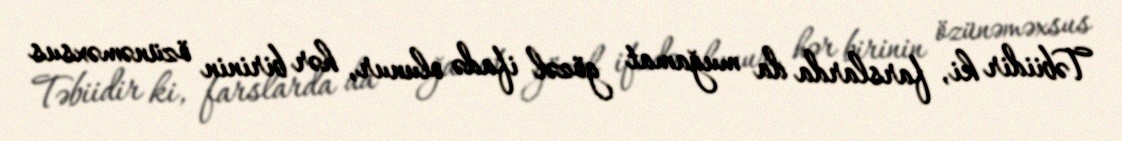
Təbiidir ki, farslarda da muğamat gözəl ifadə olunur, hər birinin özünəməxsus